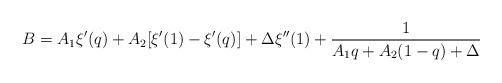
LaTeX: \begin{align*}B = A_1\xi'(q)+A_2[\xi'(1)-\xi'(q)]+\Delta \xi''(1)+\frac1{A_1q +A_2(1-q)+\Delta}\end{align*}